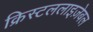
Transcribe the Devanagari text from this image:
क्रिस्टललाइज़ेबल